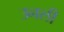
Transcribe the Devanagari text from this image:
उनली